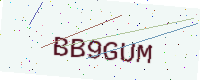
Text: BB9GUM